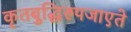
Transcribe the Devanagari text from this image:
कृतबुद्धिरुपजाएते